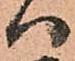
ハ